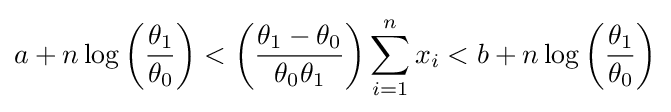
a+n\log \left({\frac {\theta _{1}}{\theta _{0}}}\right)<\left({\frac {\theta _{1}-\theta _{0}}{\theta _{0}\theta _{1}}}\right)\sum _{i=1}^{n}x_{i}<b+n\log \left({\frac {\theta _{1}}{\theta _{0}}}\right)